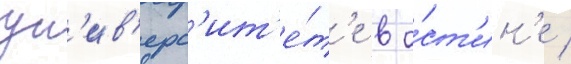
ун'ив'ерс'ит'е́т'е в о́ст'ин'е /